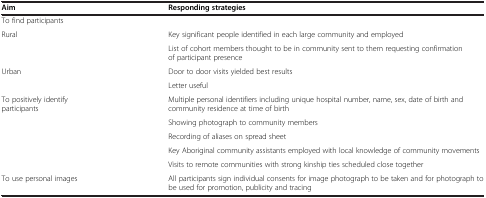
<table><thead><tr><td><b>Aim</b></td><td><b>Responding strategies</b></td></tr></thead><tbody><tr><td>To find participants</td><td> </td></tr><tr><td rowspan="2">Rural</td><td>Key significant people identified in each large community and employed</td></tr><tr><td>List of cohort members thought to be in community sent to them requesting confirmation of participant presence</td></tr><tr><td rowspan="2">Urban</td><td>Door to door visits yielded best results</td></tr><tr><td>Letter useful</td></tr><tr><td rowspan="5">To positively identify participants</td><td>Multiple personal identifiers including unique hospital number, name, sex, date of birth and community residence at time of birth</td></tr><tr><td>Showing photograph to community members</td></tr><tr><td>Recording of aliases on spread sheet</td></tr><tr><td>Key Aboriginal community assistants employed with local knowledge of community movements</td></tr><tr><td>Visits to remote communities with strong kinship ties scheduled close together</td></tr><tr><td>To use personal images</td><td>All participants sign individual consents for image photograph to be taken and for photograph to be used for promotion, publicity and tracing</td></tr></tbody></table>